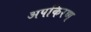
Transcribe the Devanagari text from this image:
अपकिरण